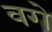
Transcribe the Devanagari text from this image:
वगे